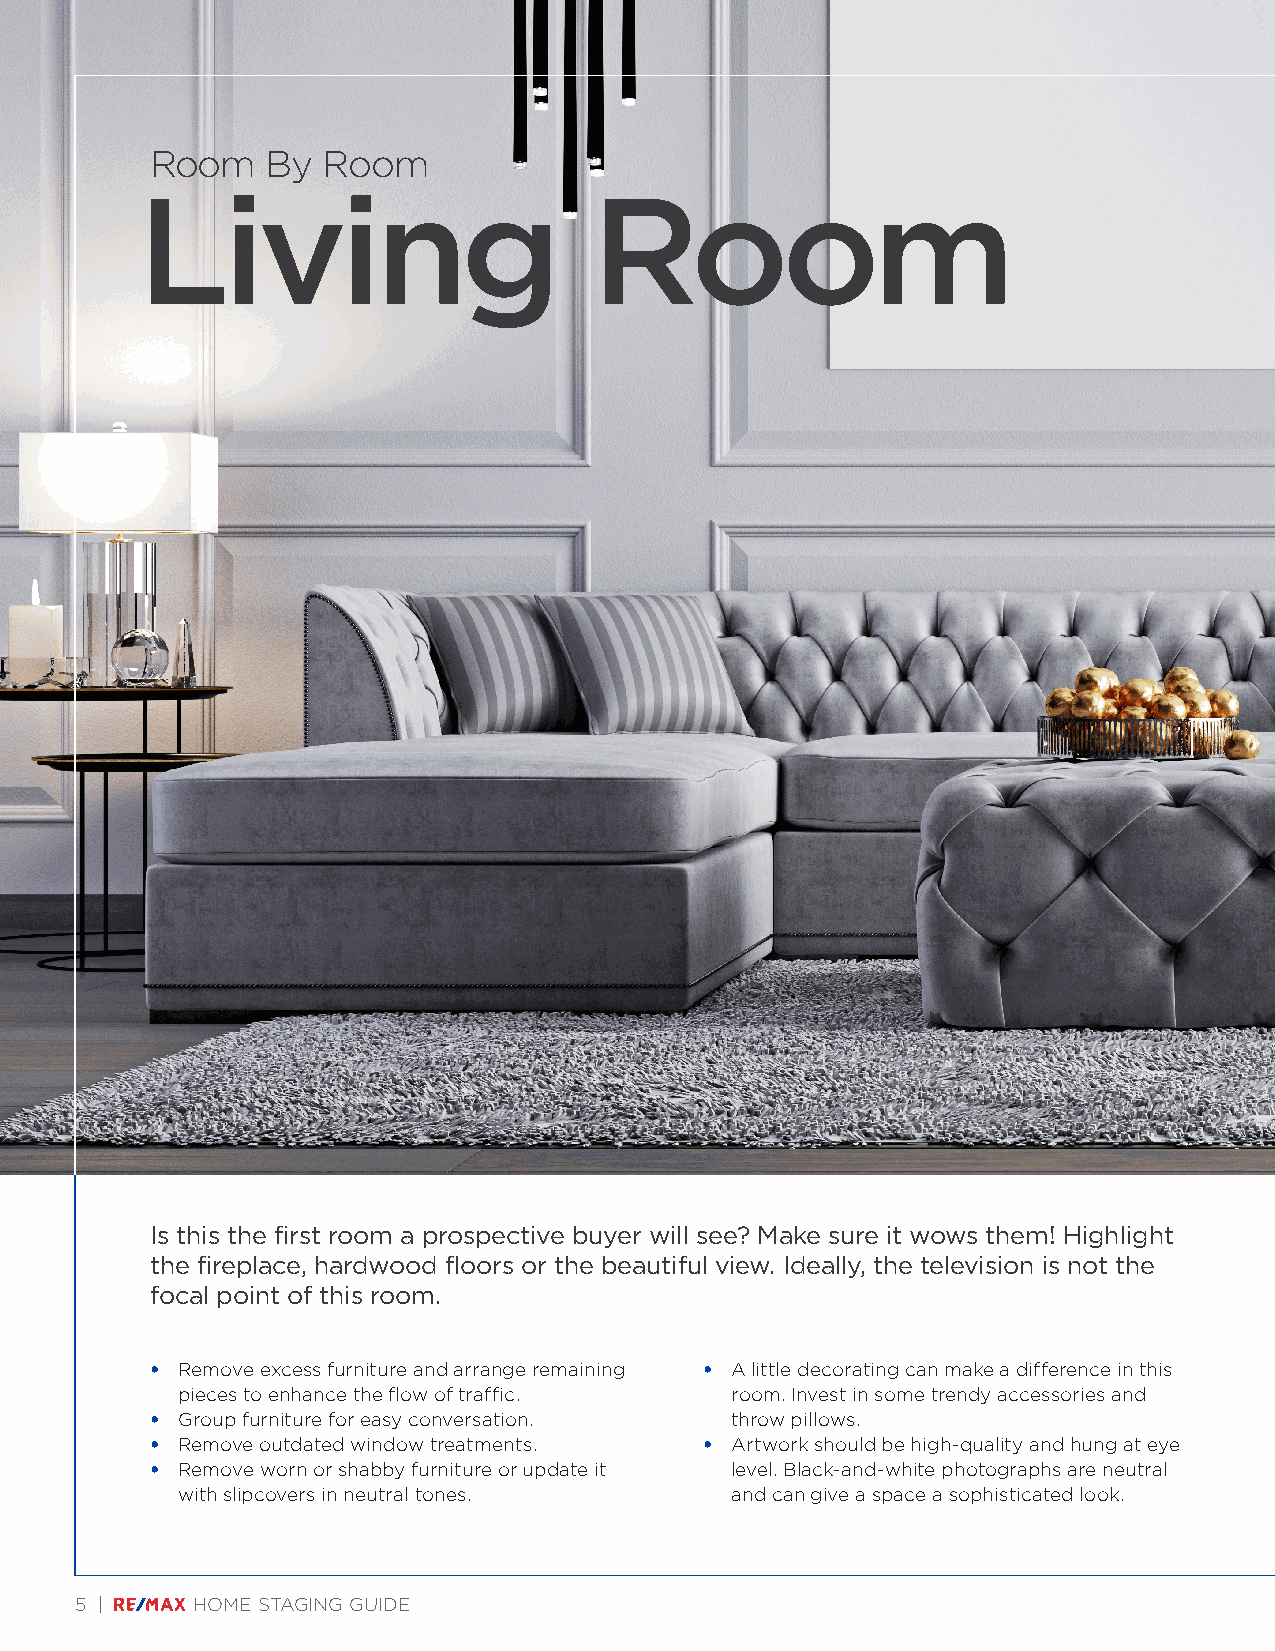
Room    By Room
 Living                        Room
 Is this the first room a prospective buyer will see? Make sure it wows them! Highlight
 the fireplace, hardwood floors or the beautiful view. Ideally, the television is not the
 focal point of this room.
 • Remove excess furniture and arrange remaining • A little decorating can make a difference in this
 pieces to enhance the flow of traffic. room. Invest in some trendy accessories and
 • Group furniture for easy conversation. throw pillows.
 • Remove outdated window treatments. • Artwork should be high-quality and hung at eye
 • Remove worn or shabby furniture or update it level. Black-and-white photographs are neutral
 with slipcovers in neutral tones.   and can give a space a sophisticated look.
 5 |     HOME STAGING GUIDE